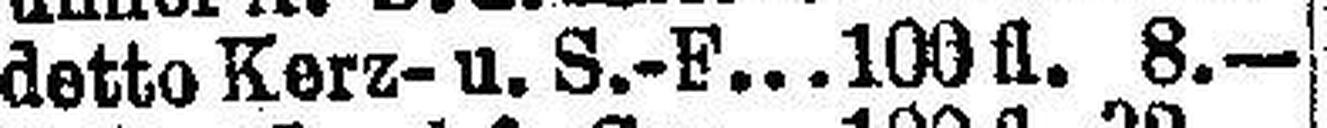
detto Kerz-u. S.-F. 100 fl. 8.—